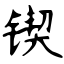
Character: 锲